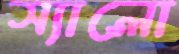
স্যালো